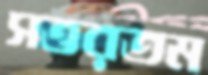
সত্তরতম